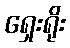
ရှေးရိုး